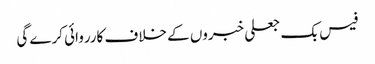
فیس بک جعلی خبروں کے خلاف کارروائی کرے گی